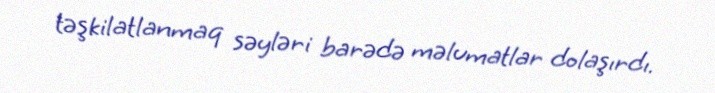
təşkilatlanmaq səyləri barədə məlumatlar dolaşırdı.